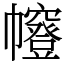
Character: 㡧